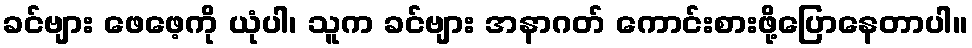
ခင်ဗျား ဖေဖေ့ကို ယုံပါ၊ သူက ခင်ဗျား အနာဂတ် ကောင်းစားဖို့ပြောနေတာပါ။